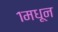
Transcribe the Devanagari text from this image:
१मधून